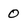
Character: O